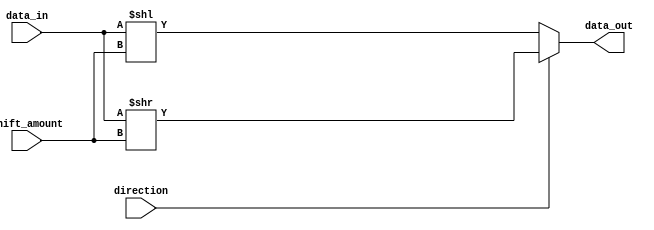
module barrel_shifter(
  input [7:0] data_in,
  input [2:0] shift_amount,
  input direction,
  output [7:0] data_out
);

// left shift operation
assign data_out = (direction) ? data_in >> shift_amount : data_in << shift_amount;

endmodule